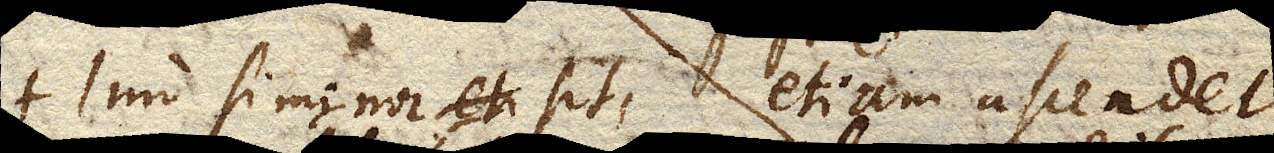
+ Imo si minor sit, etiam ascendet